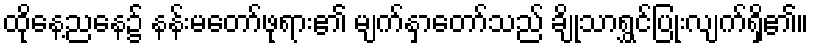
ထိုနေ့ညနေ၌ နန်းမတော်ဖုရား၏ မျက်နှာတော်သည် ချိုသာရွှင်ပြုံးလျက်ရှိ၏။